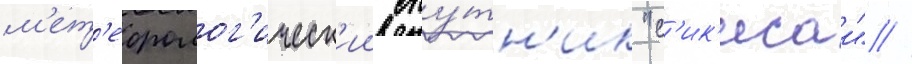
м'ет'еоролог'ическ'ии спу́тн'ик "с'ик'исаи" //